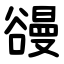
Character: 䜱